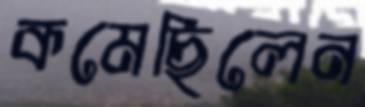
কমেছিলেন